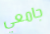
جامعي